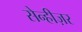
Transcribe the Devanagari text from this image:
सेन्हीज़र